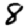
Digit: 8